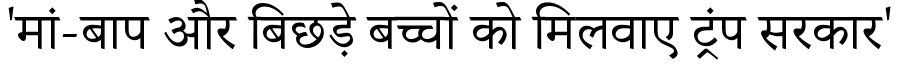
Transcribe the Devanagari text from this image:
'मां-बाप और बिछड़े बच्चों को मिलवाए ट्रंप सरकार'